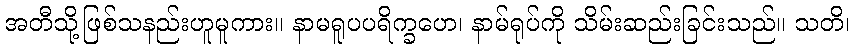
အတီသို့ဖြစ်သနည်းဟူမူကား။ နာမရူပပရိက္ခဟေ၊ နာမ်ရုပ်ကို သိမ်းဆည်းခြင်းသည်။ သတိ၊